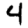
Digit: 4